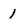
Character: 1